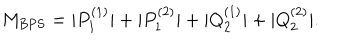
LaTeX: M _ { \mathrm { B P S } } = | P _ { 1 } ^ { ( 1 ) } | + | P _ { 1 } ^ { ( 2 ) } | + | Q _ { 2 } ^ { ( 1 ) } | + | Q _ { 2 } ^ { ( 2 ) } | .